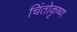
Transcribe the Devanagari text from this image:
चिंतोकृष्ण